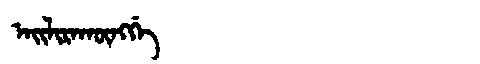
Manchu: ᠠᡳᠯᡳᡵᠠᡴᡡᠩᡤᡝ
Romanization: AILIRAKŪNGGE